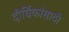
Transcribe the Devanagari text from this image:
दीर्घिकांसाठी